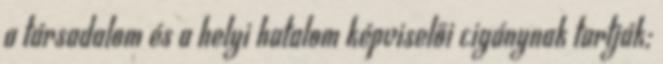
a társadalom és a helyi hatalom képviselői cigánynak tartják;